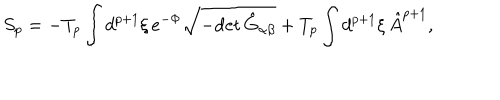
S _ { p } = - T _ { p } \int d ^ { p + 1 } \xi \, e ^ { - \Phi } \sqrt { - \mathrm { d e t } \, \hat { G } _ { \alpha \beta } } + T _ { p } \int d ^ { p + 1 } \xi \, \hat { A } ^ { p + 1 } ,